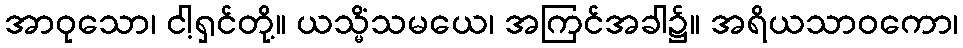
အာဝုသော၊ ငါ့ရှင်တို့။ ယသ္မိံသမယေ၊ အကြင်အခါ၌။ အရိယသာဝကော၊